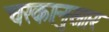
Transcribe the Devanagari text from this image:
चरकानुसार